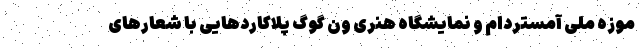
موزه ملی آمستردام و نمایشگاه هنری ون گوگ پلاکارد‌هایی با شعار‌های